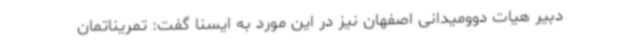
دبیر هیات دوومیدانی اصفهان نیز در این مورد به ایسنا گفت: تمریناتمان